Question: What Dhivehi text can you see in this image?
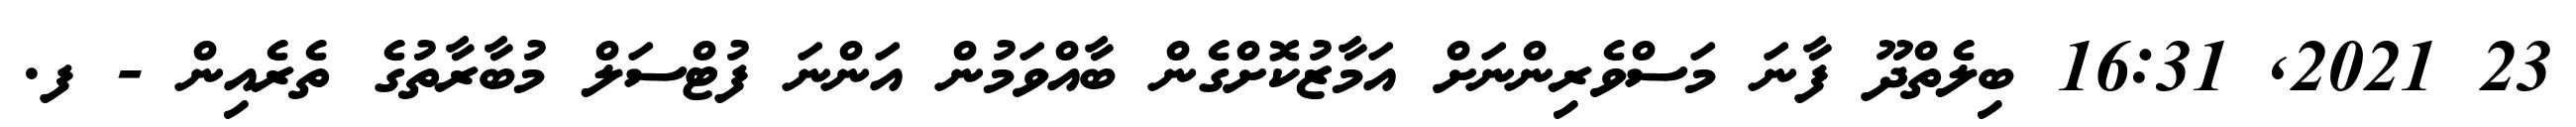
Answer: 23 2021, 16:31 ބިލެތްދޫ ފާނަ މަސްވެރިންނަށް އަމާޒުކޮށްގެން ބާއްވަމުން އަންނަ ފުޓްސަލް މުބާރާތުގެ ތެރެއިން - ފ.